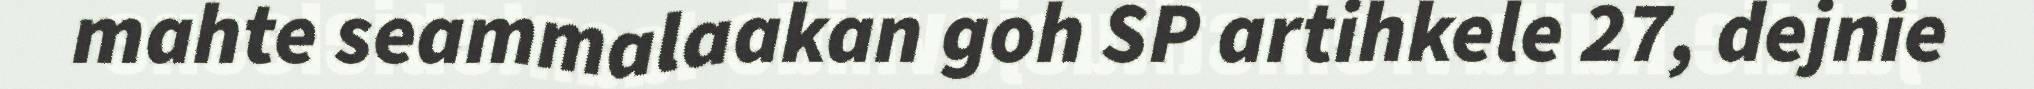
mahte seammalaakan goh SP artihkele 27, dejnie